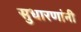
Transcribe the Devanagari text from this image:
सुधारणांनी